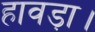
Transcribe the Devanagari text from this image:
हावड़ा।